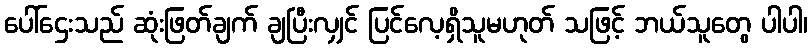
ပေါ်ဌေးသည် ဆုံးဖြတ်ချက် ချပြီးလျှင် ပြင်လေ့ရှိသူမဟုတ် သဖြင့် ဘယ်သူတွေ ပါပါ၊